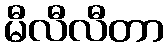
မီလီလီတာ